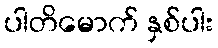
ပါတိမောက် နှစ်ပါး